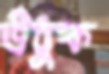
উঠুক